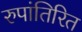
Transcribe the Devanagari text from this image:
रुपांतिरित